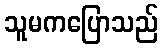
သူမကပြောသည်